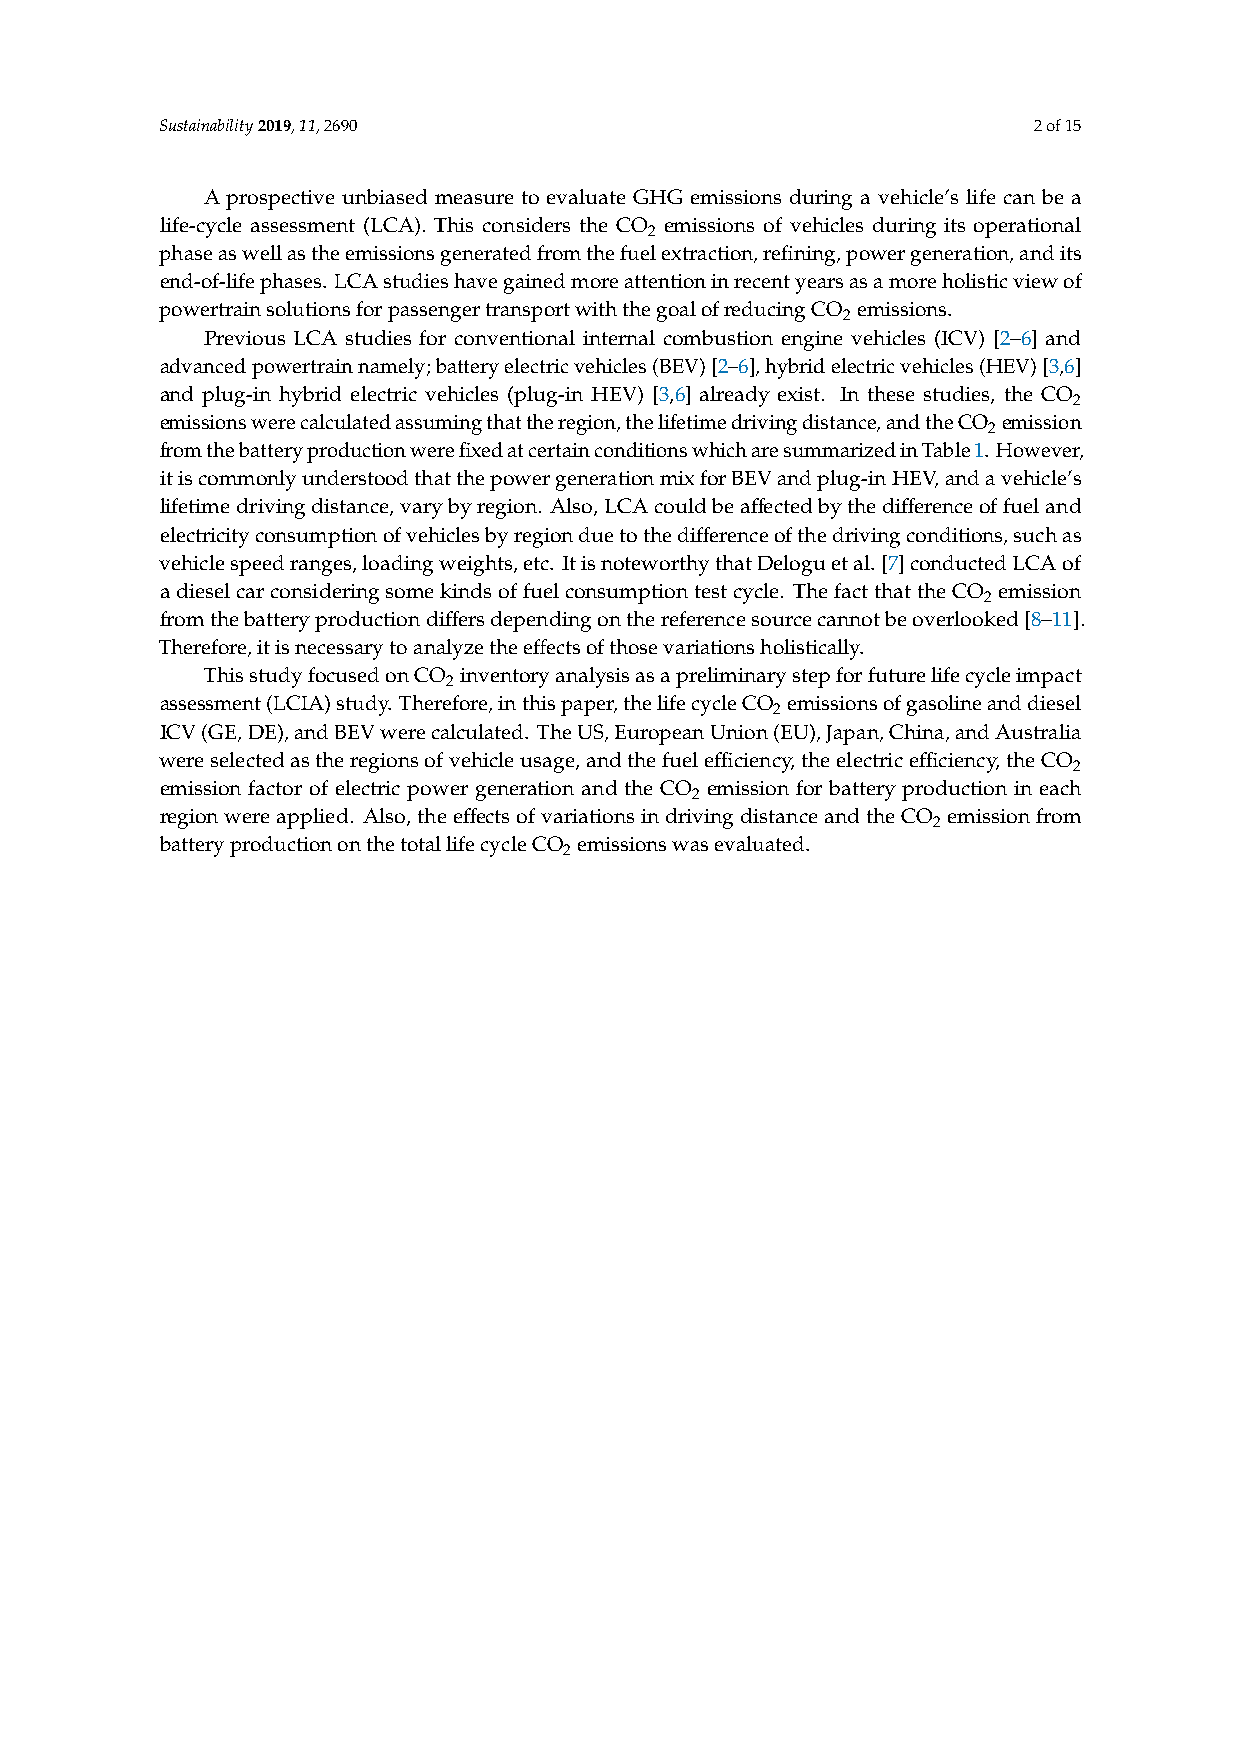
Sustainability2019,11,2690                               2of15
 A prospective unbiased measure to evaluate GHG emissions during a vehicle’s life can be a
 life-cycle assessment (LCA). This considers the CO emissions of vehicles during its operational
 2
 phaseaswellastheemissionsgeneratedfromthefuelextraction,refining,powergeneration,andits
 end-of-lifephases. LCAstudieshavegainedmoreattentioninrecentyearsasamoreholisticviewof
 powertrainsolutionsforpassengertransportwiththegoalofreducingCO emissions.
 2
 Previous LCA studies for conventional internal combustion engine vehicles (ICV) [2–6] and
 advancedpowertrainnamely;batteryelectricvehicles(BEV)[2–6],hybridelectricvehicles(HEV)[3,6]
 and plug-in hybrid electric vehicles (plug-in HEV) [3,6] already exist. In these studies, the CO
 2
 emissionswerecalculatedassumingthattheregion,thelifetimedrivingdistance,andtheCO emission
 2
 fromthebatteryproductionwerefixedatcertainconditionswhicharesummarizedinTable1. However,
 itiscommonlyunderstoodthatthepowergenerationmixforBEVandplug-inHEV,andavehicle’s
 lifetimedrivingdistance,varybyregion. Also,LCAcouldbeaffectedbythedifferenceoffueland
 electricityconsumptionofvehiclesbyregionduetothedifferenceofthedrivingconditions,suchas
 vehiclespeedranges,loadingweights,etc. ItisnoteworthythatDeloguetal.[7]conductedLCAof
 adieselcarconsideringsomekindsoffuelconsumptiontestcycle. ThefactthattheCO emission
 2
 fromthebatteryproductiondiffersdependingonthereferencesourcecannotbeoverlooked[8–11].
 Therefore,itisnecessarytoanalyzetheeffectsofthosevariationsholistically.
 ThisstudyfocusedonCO inventoryanalysisasapreliminarystepforfuturelifecycleimpact
 2
 assessment(LCIA)study. Therefore,inthispaper,thelifecycleCO emissionsofgasolineanddiesel
 2
 ICV(GE,DE),andBEVwerecalculated. TheUS,EuropeanUnion(EU),Japan,China,andAustralia
 wereselectedastheregionsofvehicleusage,andthefuelefficiency,theelectricefficiency,theCO
 2
 emission factor of electric power generation and the CO emission for battery production in each
 2
 regionwereapplied. Also,theeffectsofvariationsindrivingdistanceandtheCO emissionfrom
 2
 batteryproductiononthetotallifecycleCO emissionswasevaluated.
 2